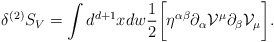
\begin{align*}\delta^{(2)} S_{V} = \int d^{d + 1} x d w \frac{1}{2}\biggl[ \eta^{\alpha\beta} \partial_{\alpha} {\cal V}^{\mu} \partial_{\beta} {\cal V}_{\mu} \biggr].\end{align*}